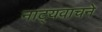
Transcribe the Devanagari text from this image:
नाट्यवाचने